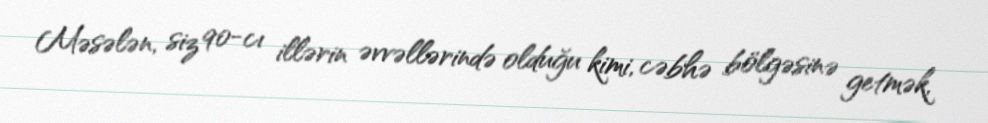
Məsələn, siz 90-cı illərin əvvəllərində olduğu kimi, cəbhə bölgəsinə getmək,